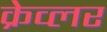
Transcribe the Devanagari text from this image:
क्रेव्लर